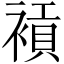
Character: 𧜙